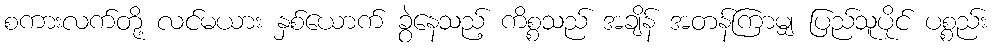
စကားလက်တို့ လင်မယား နှစ်ယောက် ခွဲနေသည့် ကိစ္စသည် အချိန် အတန်ကြာမျှ ပြည်သူပိုင် ပစ္စည်း